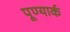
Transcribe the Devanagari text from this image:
पूण्यार्क